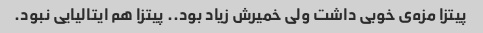
پیتزا مزه‌ی خوبی داشت ولی خمیرش زیاد بود.. پیتزا هم ایتالیایی نبود.